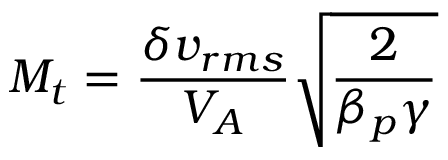
M _ { t } = \frac { \delta v _ { r m s } } { V _ { A } } \sqrt { \frac { 2 } { \beta _ { p } \gamma } }